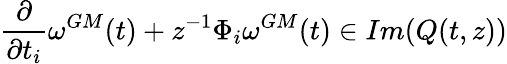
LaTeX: \frac{\partial}{\partial t_{i}}\omega^{GM}(t)+z^{-1}\Phi_{i}\omega^{GM}(t)\in Im(Q(t,z))